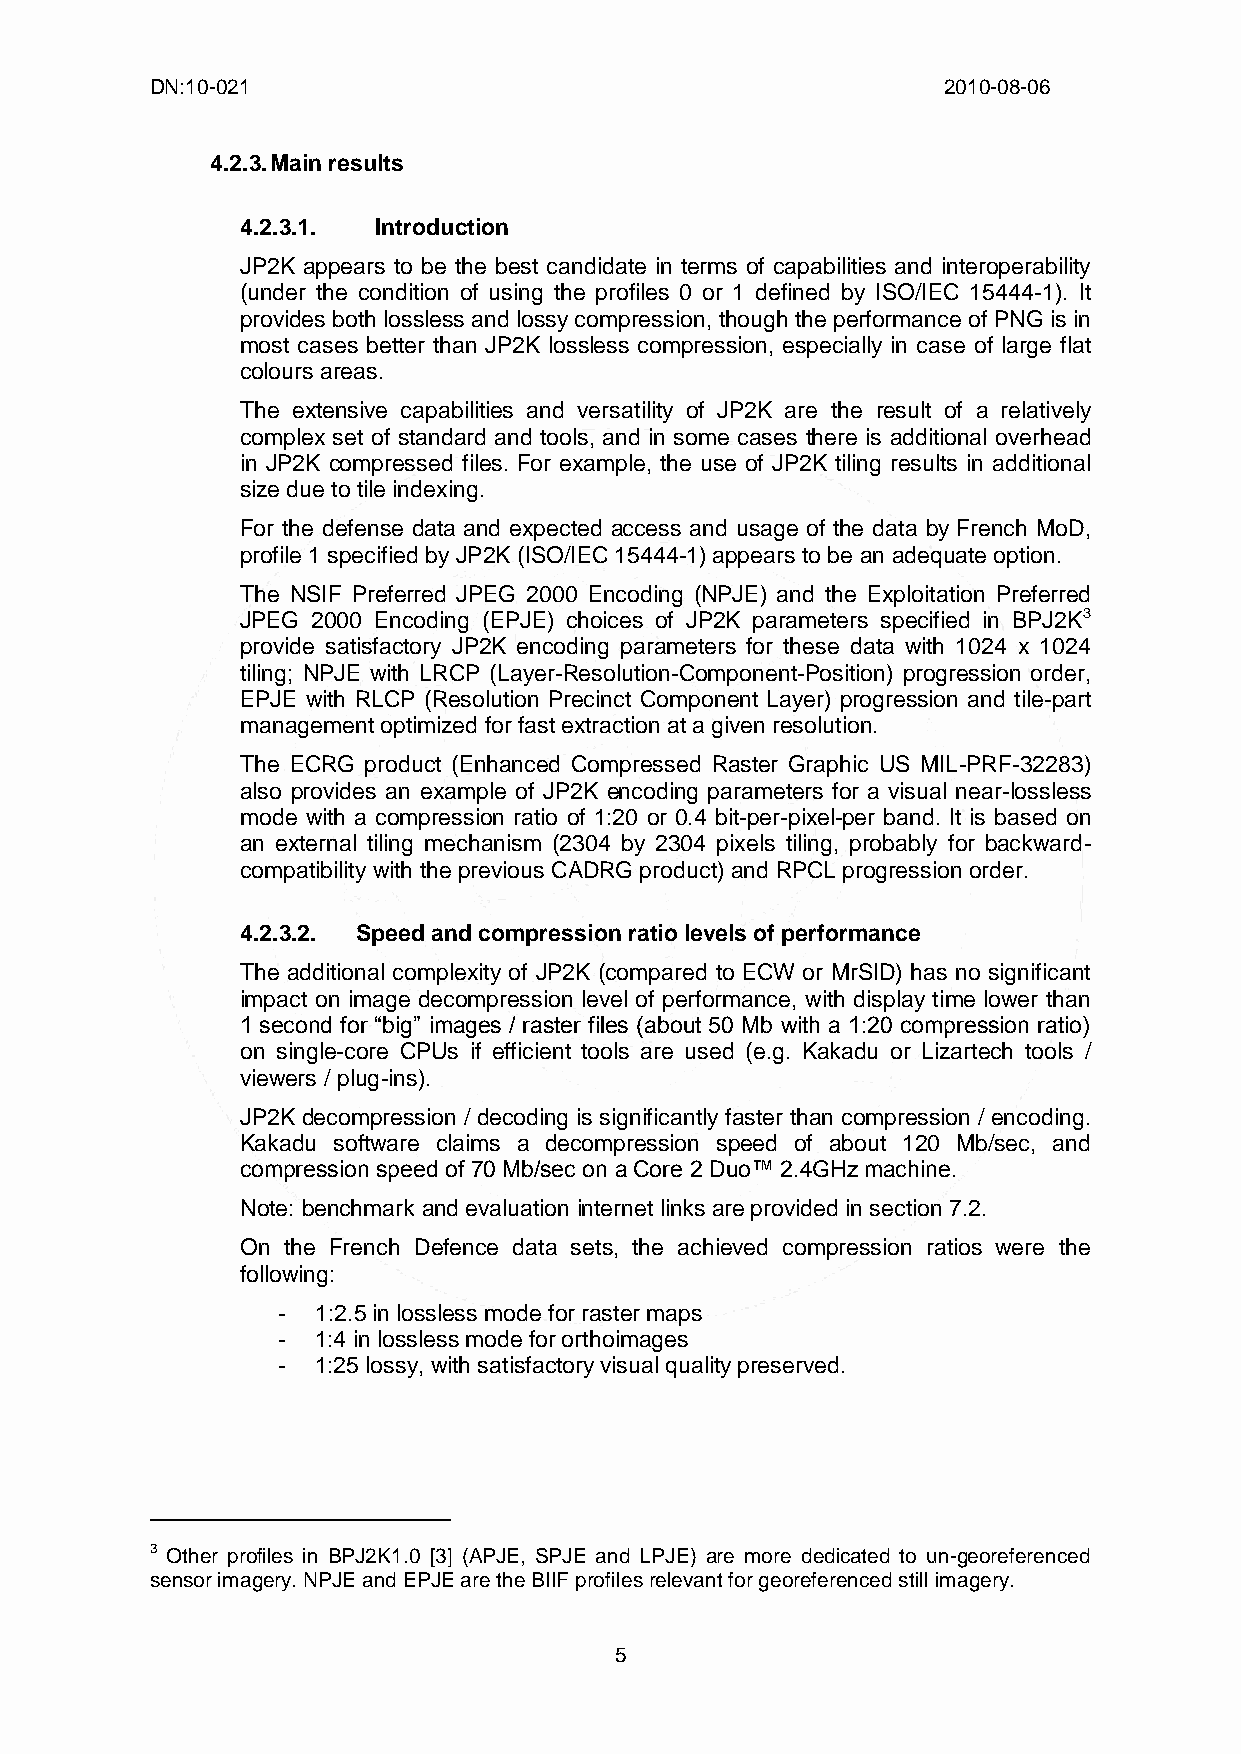
DN:10-021                                           2010-08-06
 4.2.3. Main results
 4.2.3.1. Introduction
 JP2K appears to be the best candidate in terms of capabilities and interoperability
 (under the condition of using the profiles 0 or 1 defined by ISO/IEC 15444-1). It
 provides both lossless and lossy compression, though the performance of PNG is in
 most cases better than JP2K lossless compression, especially in case of large flat
 colours areas.
 The extensive capabilities and versatility of JP2K are the result of a relatively
 complex set of standard and tools, and in some cases there is additional overhead
 in JP2K compressed files. For example, the use of JP2K tiling results in additional
 size due to tile indexing.
 For the defense data and expected access and usage of the data by French MoD,
 profile 1 specified by JP2K (ISO/IEC 15444-1) appears to be an adequate option.
 The NSIF Preferred JPEG 2000 Encoding (NPJE) and the Exploitation Preferred
 JPEG 2000 Encoding (EPJE) choices of JP2K parameters specified in BPJ2K3
 provide satisfactory JP2K encoding parameters for these data with 1024 x 1024
 tiling; NPJE with LRCP (Layer-Resolution-Component-Position) progression order,
 EPJE with RLCP (Resolution Precinct Component Layer) progression and tile-part
 management optimized for fast extraction at a given resolution.
 The ECRG product (Enhanced Compressed Raster Graphic US MIL-PRF-32283)
 also provides an example of JP2K encoding parameters for a visual near-lossless
 mode with a compression ratio of 1:20 or 0.4 bit-per-pixel-per band. It is based on
 an external tiling mechanism (2304 by 2304 pixels tiling, probably for backward-
 compatibility with the previous CADRG product) and RPCL progression order.
 4.2.3.2. Speed and compression ratio levels of performance
 The additional complexity of JP2K (compared to ECW or MrSID) has no significant
 impact on image decompression level of performance, with display time lower than
 1 second for “big” images / raster files (about 50 Mb with a 1:20 compression ratio)
 on single-core CPUs if efficient tools are used (e.g. Kakadu or Lizartech tools /
 viewers / plug-ins).
 JP2K decompression / decoding is significantly faster than compression / encoding.
 Kakadu software claims a decompression speed of about 120 Mb/sec, and
 compression speed of 70 Mb/sec on a Core 2 Duo™ 2.4GHz machine.
 Note: benchmark and evaluation internet links are provided in section 7.2.
 On the French Defence data sets, the achieved compression ratios were the
 following:
 -  1:2.5 in lossless mode for raster maps
 -  1:4 in lossless mode for orthoimages
 -  1:25 lossy, with satisfactory visual quality preserved.
 3 Other profiles in BPJ2K1.0 [3] (APJE, SPJE and LPJE) are more dedicated to un-georeferenced
 sensor imagery. NPJE and EPJE are the BIIF profiles relevant for georeferenced still imagery.
 5